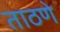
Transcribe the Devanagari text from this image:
ताठणे